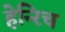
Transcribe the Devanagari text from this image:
हेन्‍रिच